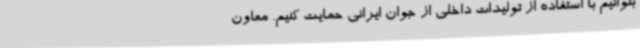
بتوانیم با استفاده از تولیدات داخلی از جوان ایرانی حمایت کنیم. معاون